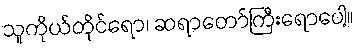
သူကိုယ်တိုင်ရော၊ ဆရာတော်ကြီးရောပေါ့။